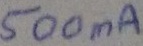
Text: 500mA